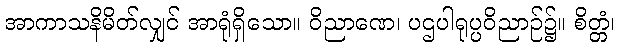
အာကာသနိမိတ်လျှင် အာရုံရှိသော။ ဝိညာဏေ၊ ပဌပါရုပ္ပဝိညာဉ်၌။ စိတ္တံ၊